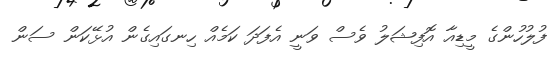
ފުލުހުންގެ މީޑިއާ އޮފިޝަލު ވެސް ވަނީ އެފަދަ ކަމެއް ހިނގައިގެން އުޅޭކަން ސަން